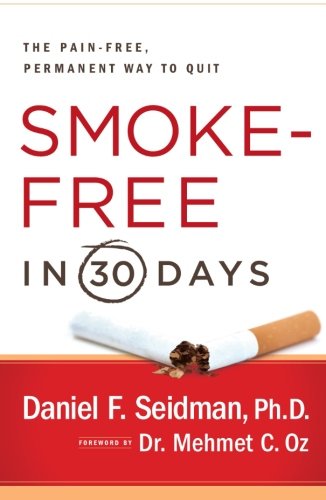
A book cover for Smoke-Free in 30 Days: The Pain-Free, Permanent Way to Quit; Ph.D. Daniel F. Seidman Ph.D.; Health, Fitness & Dieting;